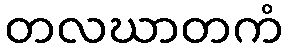
တလဃာတကံ